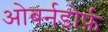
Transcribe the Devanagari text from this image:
ओबर्नडोर्फ़